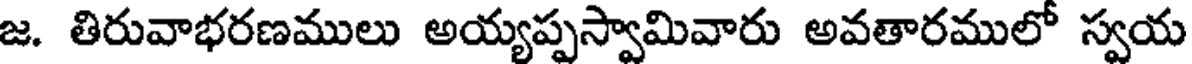
జ. తిరువాభరణములు అయ్యప్పస్వామివారు అవతారములో స్వయ